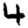
Digit: 4